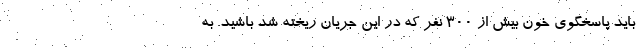
باید پاسخگوی خون بیش از ۳۰۰ نفر که در این جریان ریخته شد باشید. به